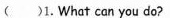
（）1. What can you do?